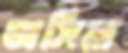
অসিরা